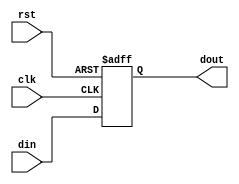
module sr_pipo_4bit(din, clk, rst, dout) ;
	
	input rst, clk ;
	input [3:0] din ;
	output reg [3:0] dout ;

	always @(posedge(clk), posedge(rst))
		begin
			if (rst == 1 'b1)
				dout = 4 'd0 ;

			else if (clk == 1 'b1)
				dout = din ;
		end

endmodule